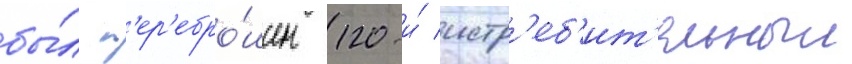
бы́л п'ер'ебро́шен 120-и́ истр'еб'ит'ельныи